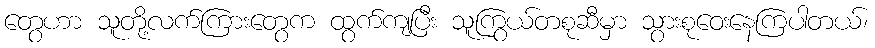
တွေဟာ သူတို့လက်ကြားတွေက ထွက်ကျပြီး သူကြွယ်တစုဆီမှာ သွားစုဝေးနေကြပါတယ်၊